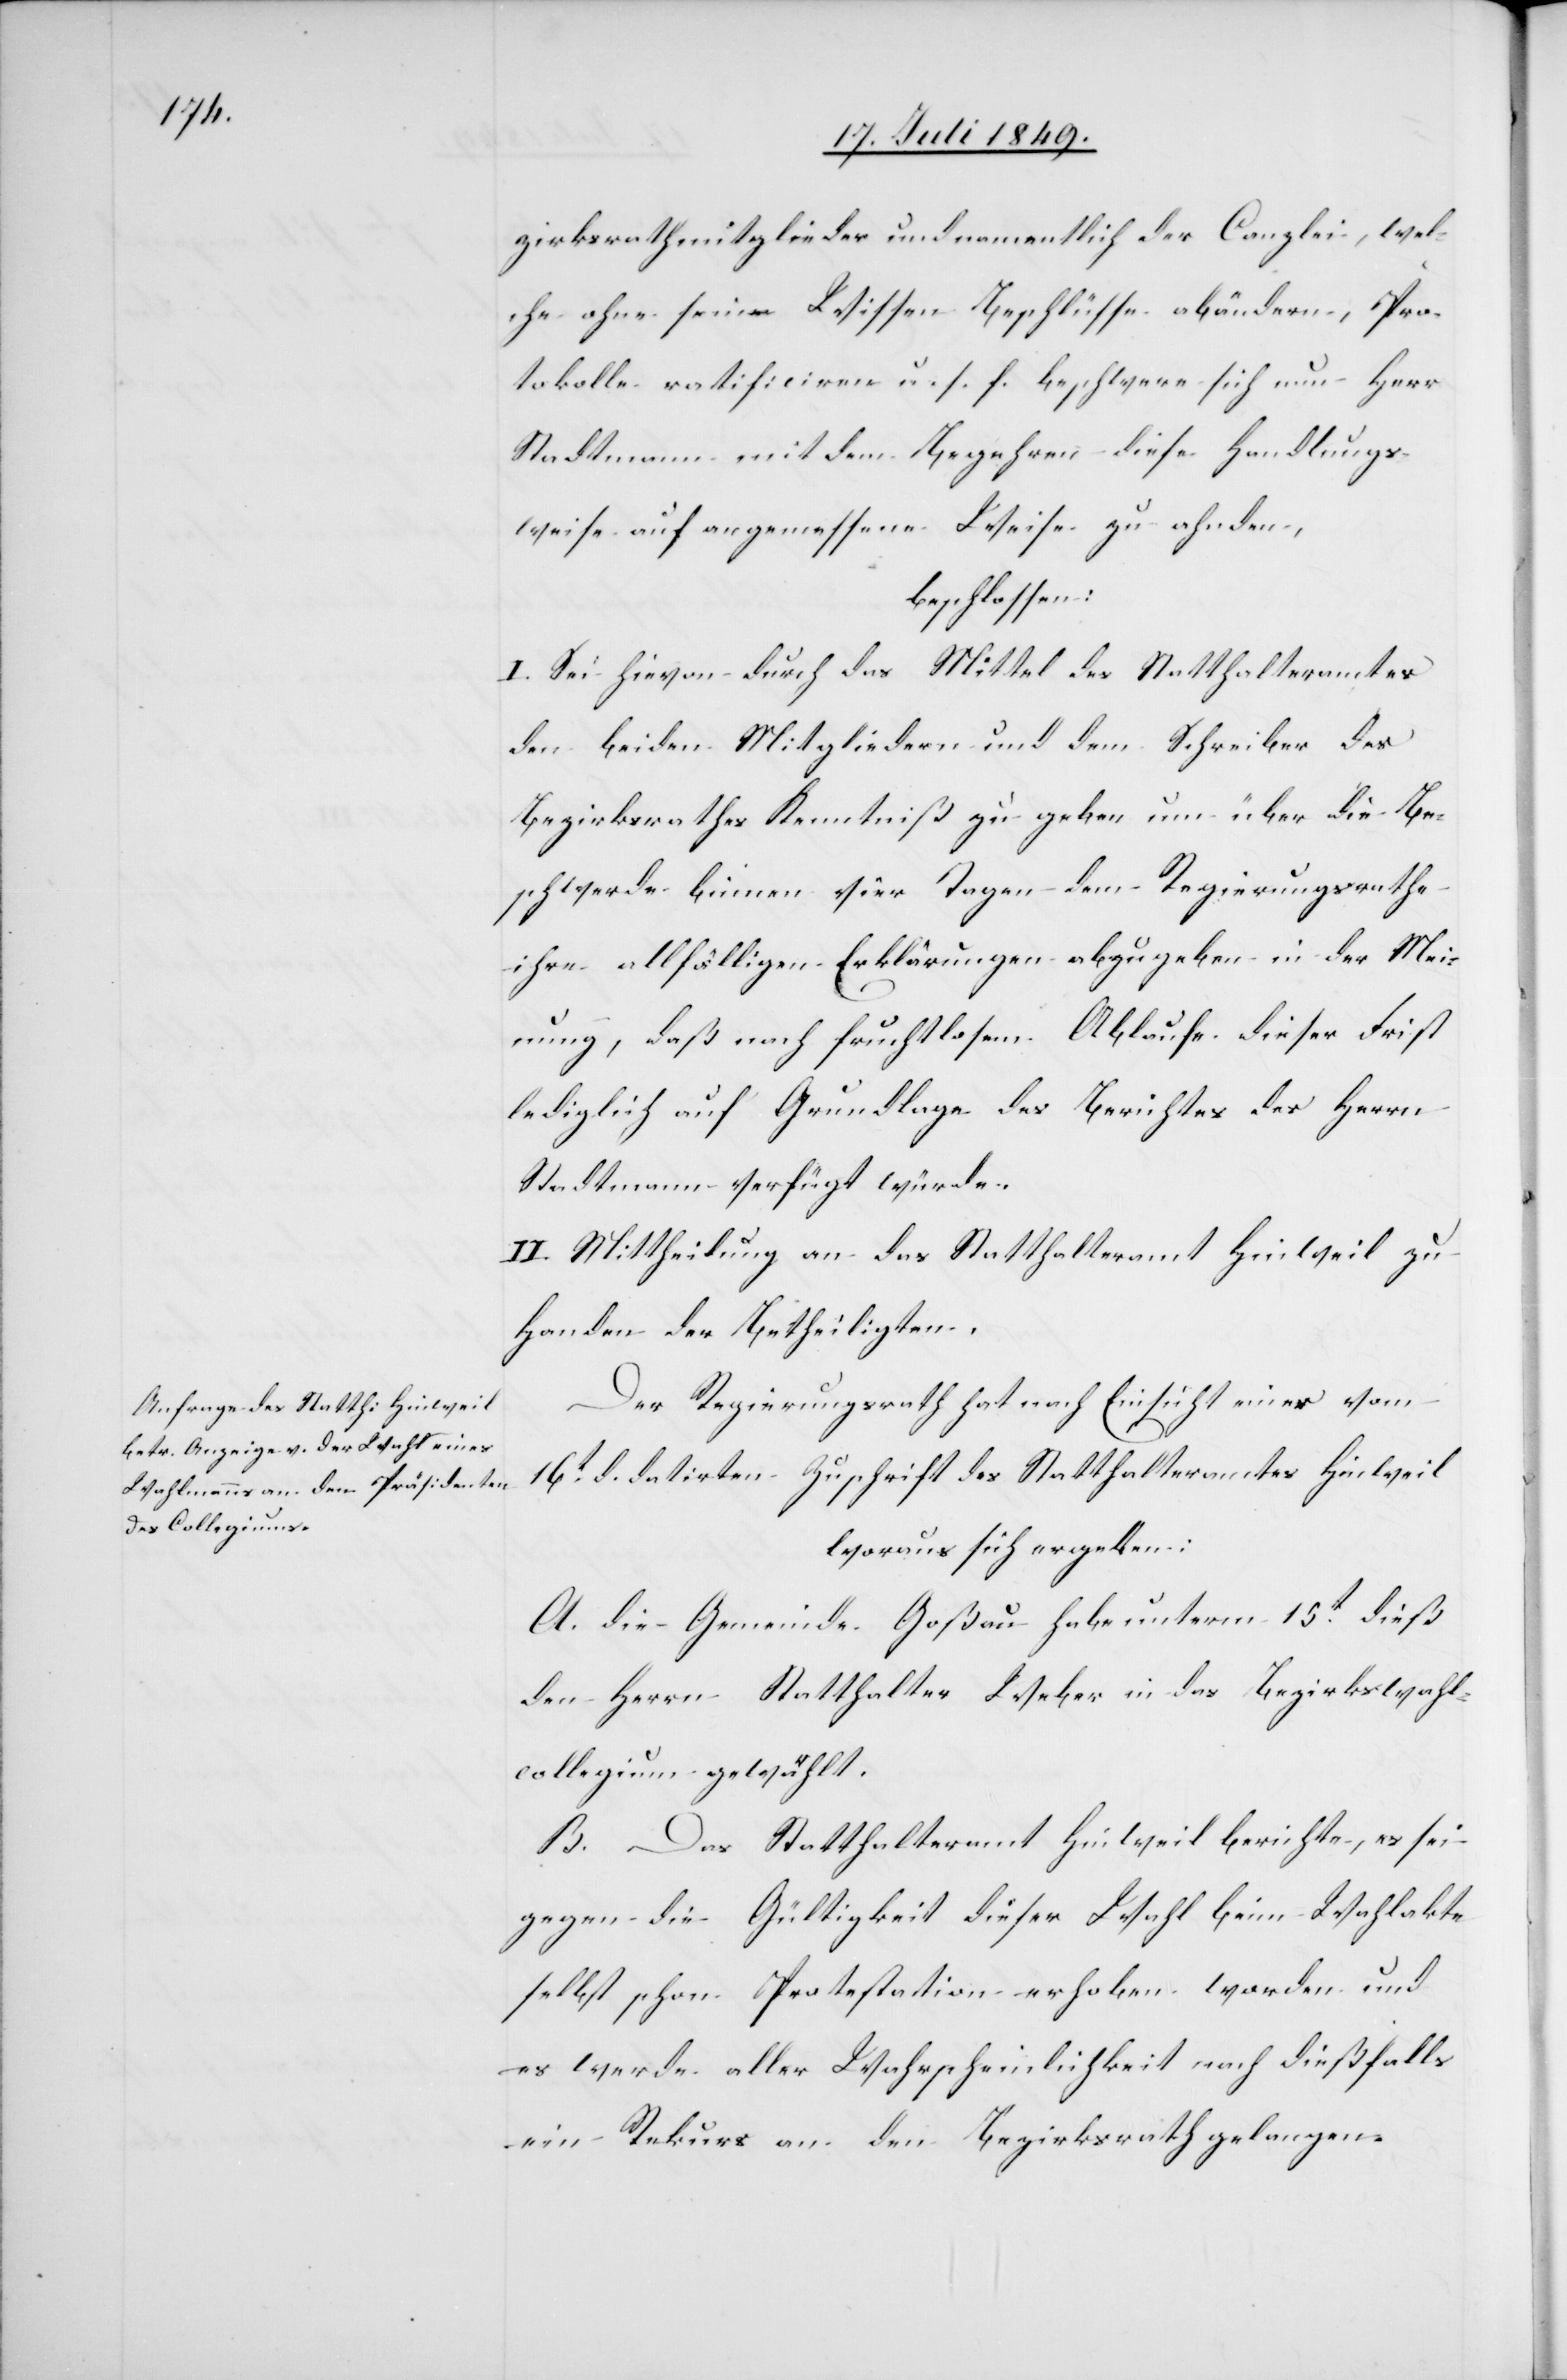
zirksrathmitglieder und namentlich der Canzlei, wel¬
che ohne sein Wissen Beschlüsse abändern, Pro¬
tokolle ratificiren u. s. f. beschwere sich nun Herr
Stadtmann mit dem Begehren diese Handlungs¬
weise auf angemessene Weise zu ahnden,
beschlossen:
I. Sei hievon durch das Mittel des Statthalteramtes
den beiden Mitgliedern und dem Schreiben des
Bezirksrathes Kenntniß zu geben um über die Be¬
schwerde binnen vier Tagen dem Regierungsrathe
ihre allfälligen Erklärungen abzugeben in der Mei¬
nung, daß nach fruchtlosem Ablaufe dieser Frist
lediglich auf Grundlage des Berichtes des Herrn
Stadtmann verfügt würde.
II. Mittheilung an das Statthalteramt Hinweil zu
Handen der Betheiligten.
Der Regierungsrath hat nach Einsicht einer vom
16t d. datirten Zuschrift des Statthalteramtes Hinweil
woraus sich ergeben:
A. Die Gemeinde Goßau habe unterm 15t dieß
den Herrn Statthalter Weber in das Bezirkswahl¬
collegium gewählt.
B. Das Statthalteramt Hinweil berichte, es sei
gegen die Gültigkeit dieser Wahl beim Wahlakte
selbst schon Protestation erhoben worden und
es werde aller Wahrscheinlichkeit nach dießfalls
ein Rekurs an den Bezirksrath gelangen.